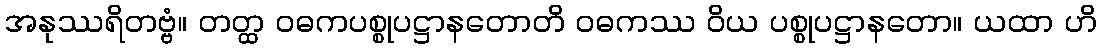
အနုဿရိတဗ္ဗံ။ တတ္ထ ဝဓကပစ္စုပဋ္ဌာနတောတိ ဝဓကဿ ဝိယ ပစ္စုပဋ္ဌာနတော။ ယထာ ဟိ